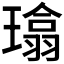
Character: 𪼜